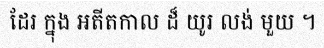
ដែរ ក្នុង អតីតកាល ដ៏ យូរ លង់ មួយ ។